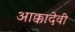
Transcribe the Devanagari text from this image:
आक्कादेवी